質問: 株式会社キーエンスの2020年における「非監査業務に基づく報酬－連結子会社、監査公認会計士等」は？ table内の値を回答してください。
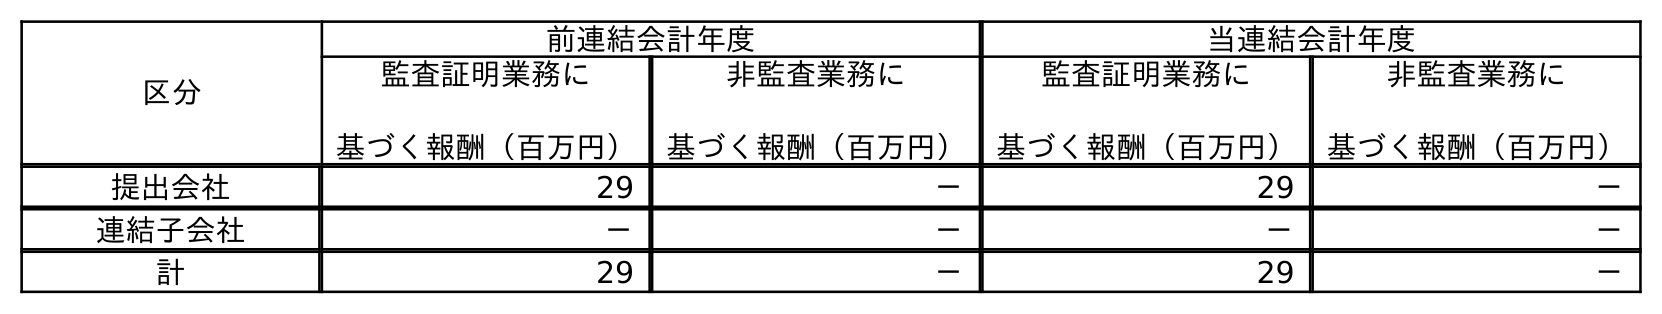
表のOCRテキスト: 区分 前連結会計年度 当連結会計年度 監査証明業務に 基づく報酬（百万円） 非監査業務に 基づく報酬（百万円） 監査証明業務に 基づく報酬（百万円） 非監査業務に 基づく報酬（百万円） 提出会社 29 － 29 － 連結子会社 － － － － 計 29 － 29 －
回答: －